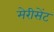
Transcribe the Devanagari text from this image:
मेरीसेंट